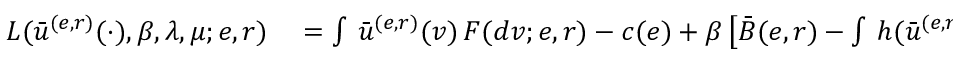
\begin{array} { r l } { L ( \bar { u } ^ { ( e , r ) } ( \cdot ) , \beta , \lambda , \mu ; e , r ) } & { { } = \int \, \bar { u } ^ { ( e , r ) } ( v ) \, F ( d v ; e , r ) - c ( e ) + \beta \left[ \bar { B } ( e , r ) - \int \, h ( \bar { u } ^ { ( e , r ) } ( v ) ) \, F ( d v ; e , r ) \right] } \end{array}